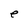
Character: e